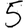
Digit: 5